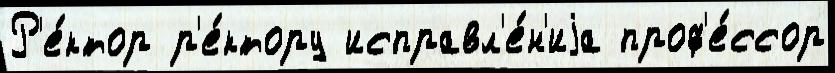
Р'е́ктор р'е́ктору исправл'е́н'иjа проф'е́ссор